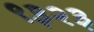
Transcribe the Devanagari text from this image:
९३२३